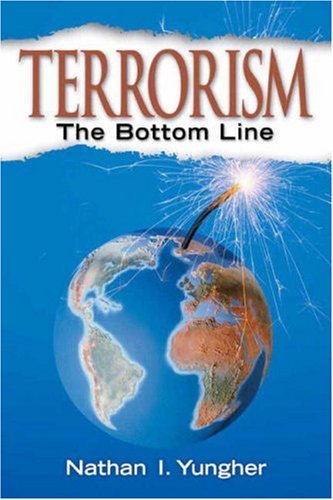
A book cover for Terrorism: The Bottom Line; Nathan I. Yungher; Law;